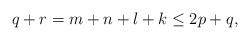
LaTeX: \begin{align*}q+r=m+n+l+k\leq 2p+q,\end{align*}